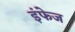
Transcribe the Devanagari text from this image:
इंफेज